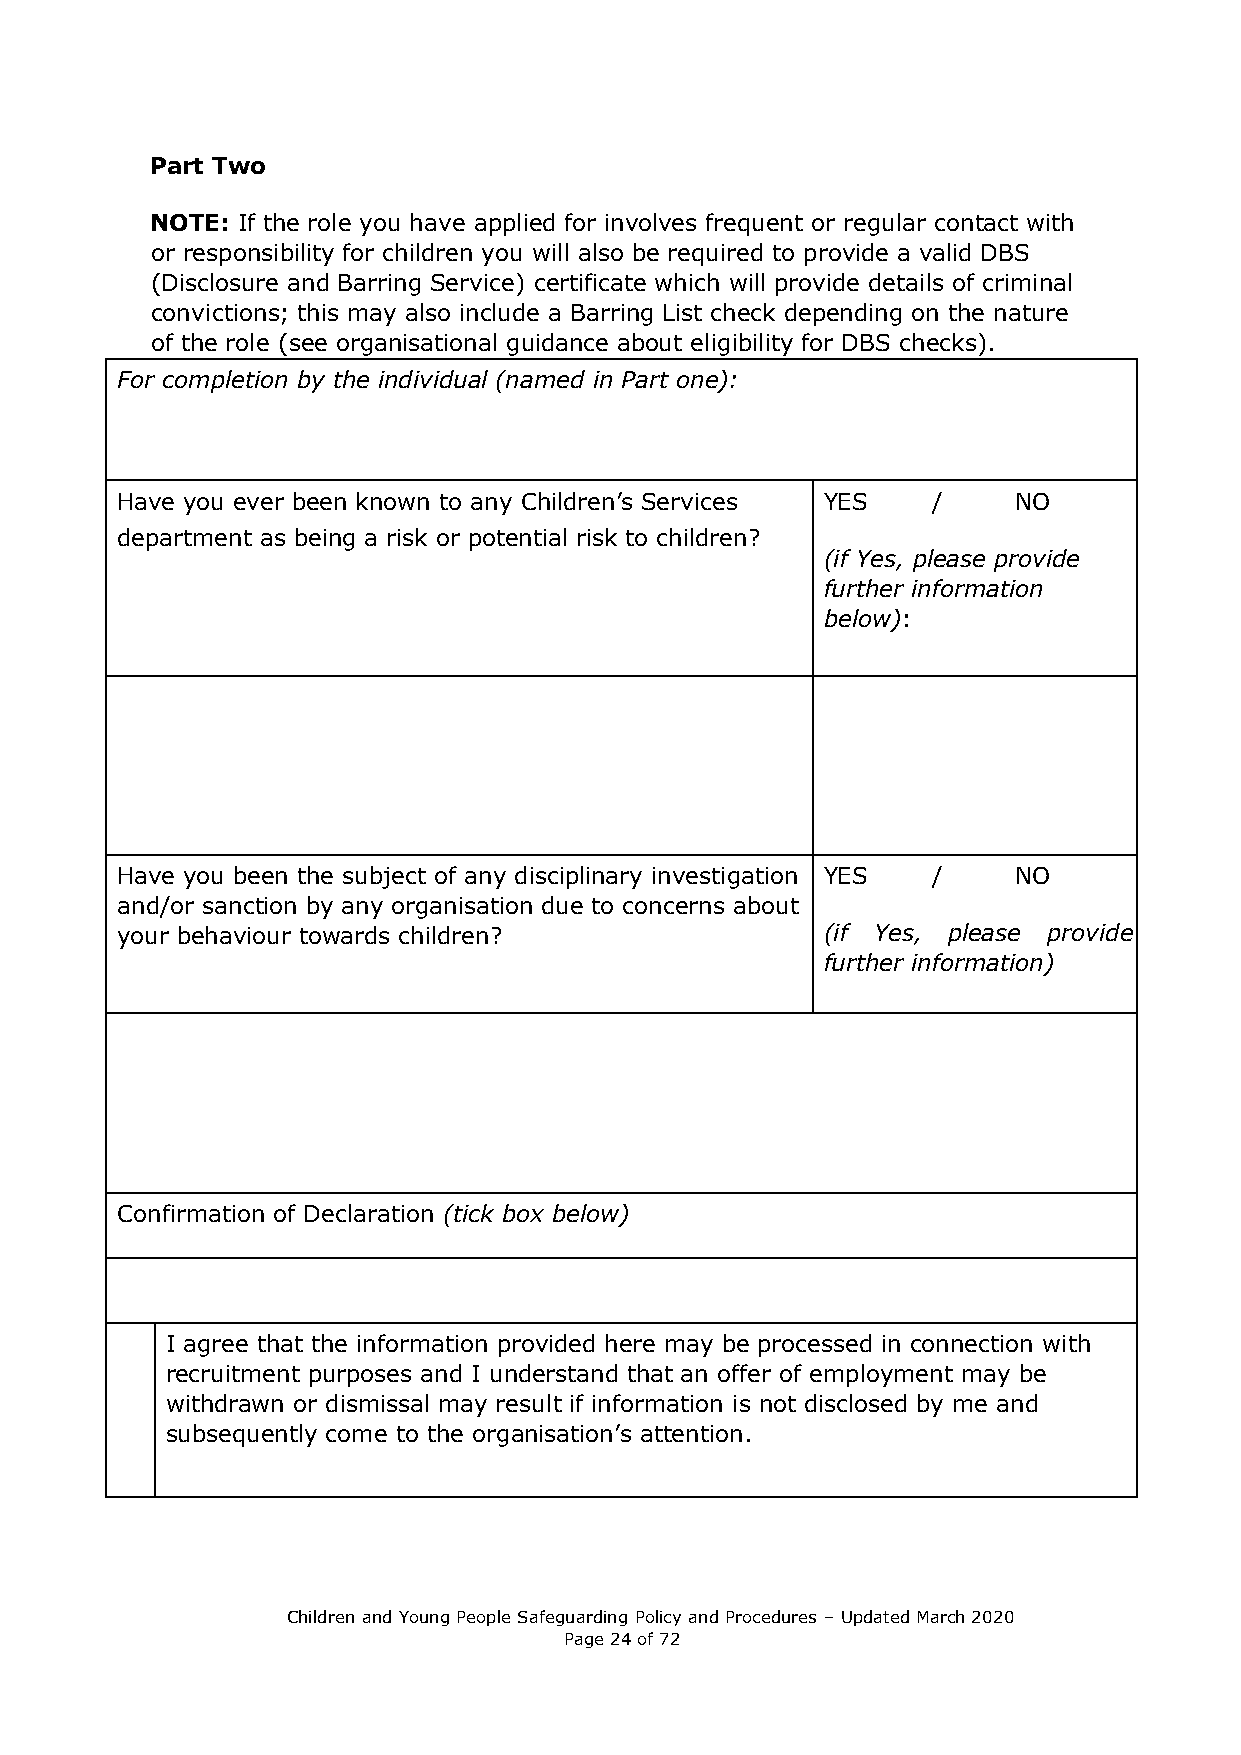
Part Two
 NOTE: If the role you have applied for involves frequent or regular contact with
 or responsibility for children you will also be required to provide a valid DBS
 (Disclosure and Barring Service) certificate which will provide details of criminal
 convictions; this may also include a Barring List check depending on the nature
 of the role (see organisational guidance about eligibility for DBS checks).
 For completion by the individual (named in Part one):
 Have you ever been known to any Children’s Services YES /  NO
 department as being a risk or potential risk to children?
 (if Yes, please provide
 further information
 below):
 Have you been the subject of any disciplinary investigation YES / NO
 and/or sanction by any organisation due to concerns about
 your behaviour towards children?              (if Yes, please provide
 further information)
 Confirmation of Declaration (tick box below)
 I agree that the information provided here may be processed in connection with
 recruitment purposes and I understand that an offer of employment may be
 withdrawn or dismissal may result if information is not disclosed by me and
 subsequently come to the organisation’s attention.
 Children and Young People Safeguarding Policy and Procedures – Updated March 2020
 Page 24 of 72